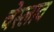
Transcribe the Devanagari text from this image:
चेस्लाव